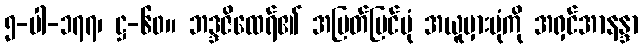
၅-ပါ-၁၇၇၊ ဋ္ဌ-၆၀။ ဘဒ္ဒဇိထေရ်၏ အမြတ်မြင်ပုံ အယူမှားပုံကို အရှင်အာနန္ဒာ